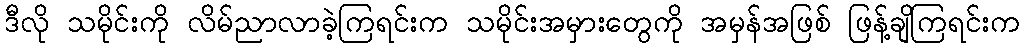
ဒီလို သမိုင်းကို လိမ်ညာလာခဲ့ကြရင်းက သမိုင်းအမှားတွေကို အမှန်အဖြစ် ဖြန့်ချိကြရင်းက